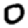
Digit: 0